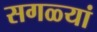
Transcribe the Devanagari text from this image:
सगळ्यां